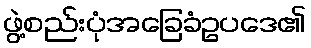
ဖွဲ့စည်းပုံအခြေခံဥပဒေ၏